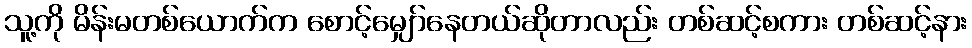
သူ့ကို မိန်းမတစ်ယောက်က စောင့်မျှော်နေတယ်ဆိုတာလည်း တစ်ဆင့်စကား တစ်ဆင့်နား